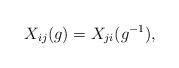
LaTeX: \begin{align*} X_{ij}(g)=X_{ji}(g^{-1}) ,\end{align*}